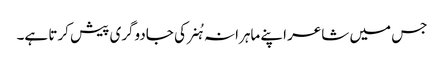
جس میں شاعر اپنے ماہرانہ ہُنر کی جادوگری پیش کرتا ہے۔